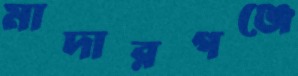
মাদারগঞ্জে